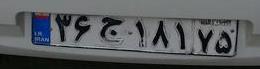
۳۶ج۱۸۱۷۵